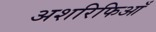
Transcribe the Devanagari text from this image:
अशरिफिआँ